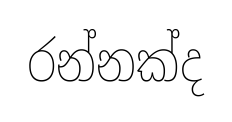
රන්නක්ද